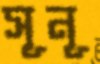
সূনূ